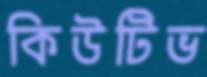
কিউটিভ